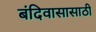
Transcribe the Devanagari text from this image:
बंदिवासासाठी